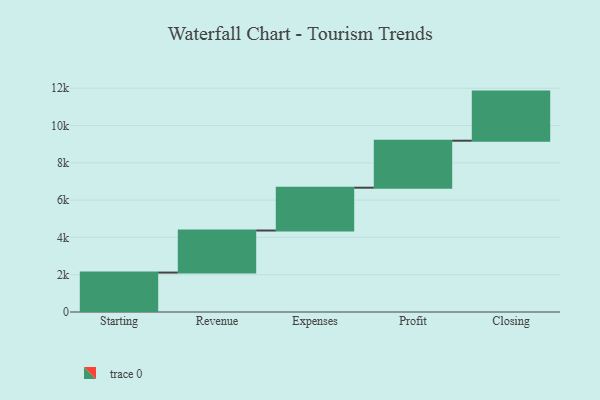
{"axis": {"x": "Step", "y": "Value"}, "legend": [""], "data": [{"x": "Starting", "y": 2114.0, "type": ""}, {"x": "Revenue", "y": 2256.0, "type": ""}, {"x": "Expenses", "y": 2296.0, "type": ""}, {"x": "Profit", "y": 2521.0, "type": ""}, {"x": "Closing", "y": 2633.0, "type": ""}]}